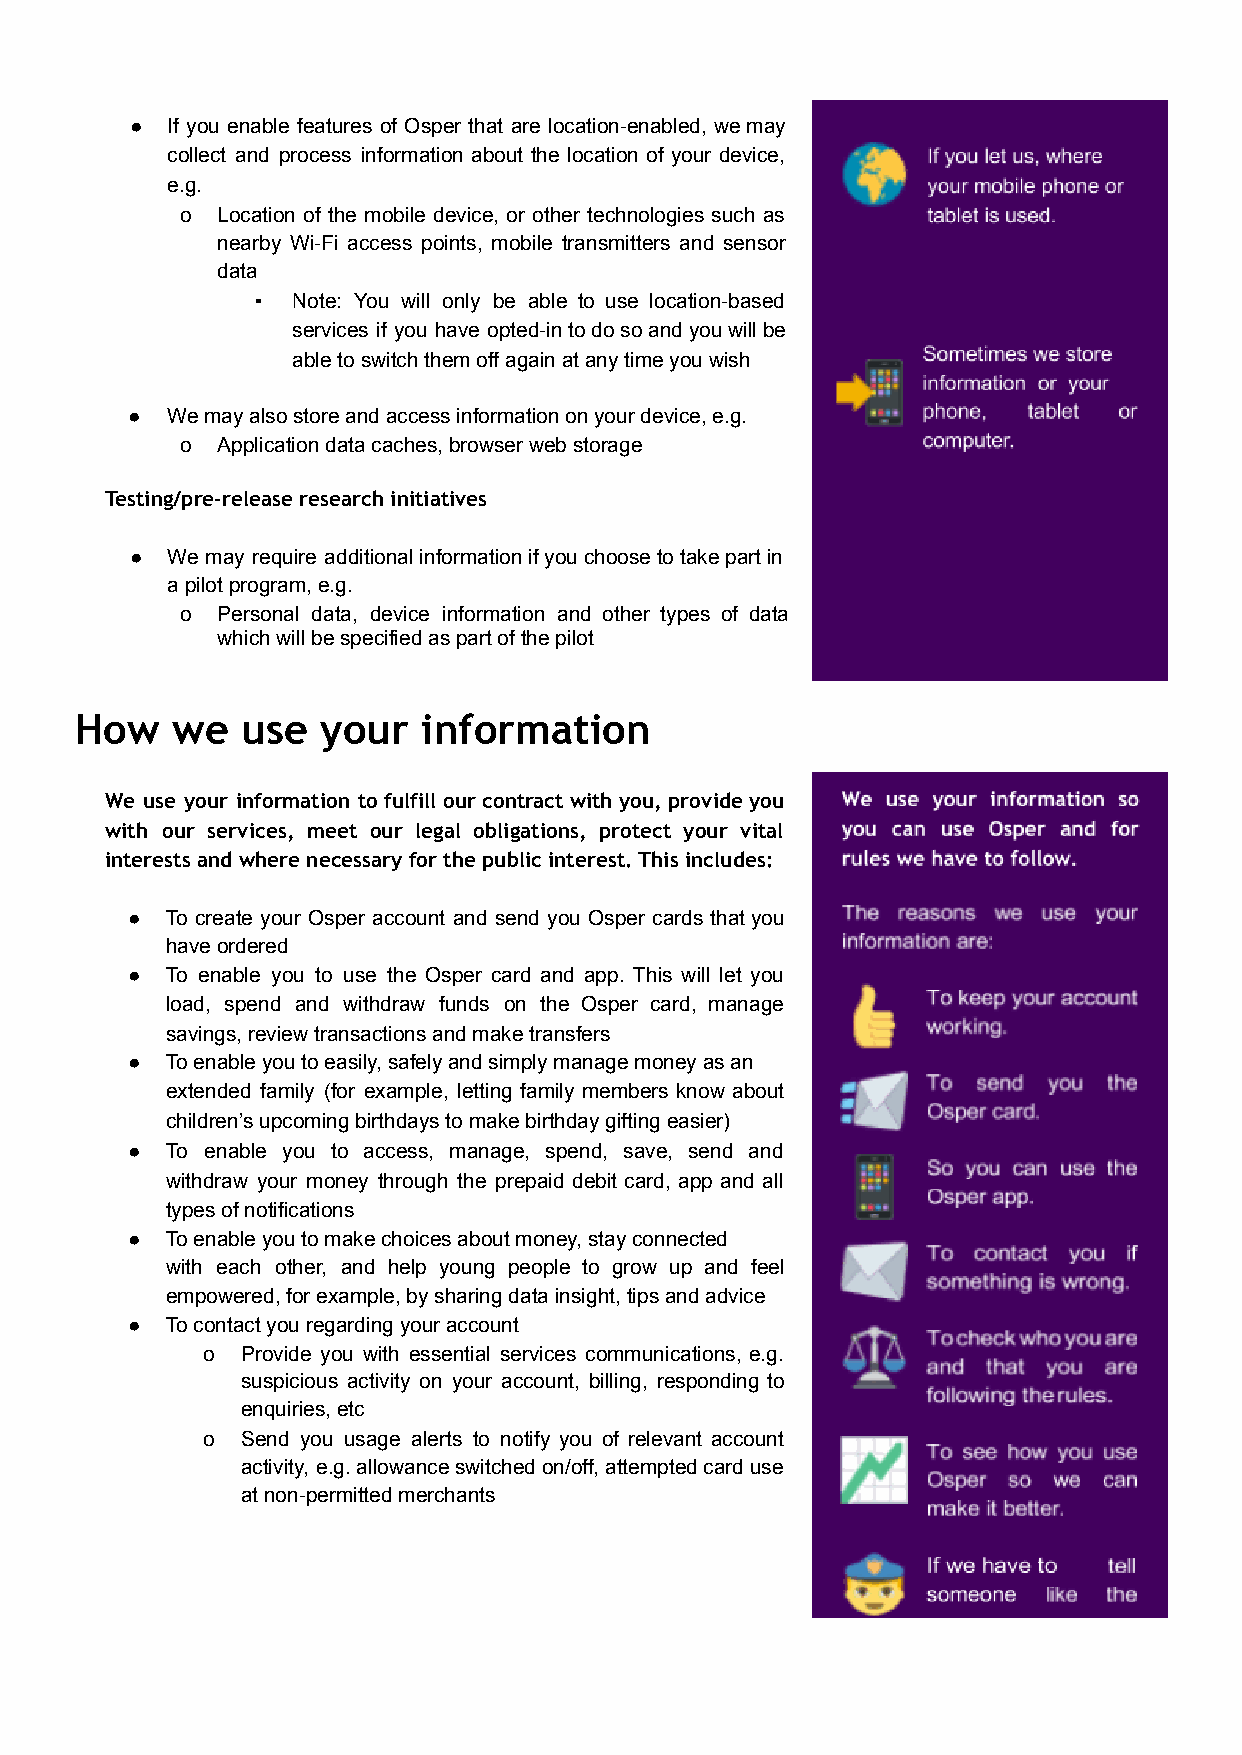
● If you enable features of Osper that are location-enabled, wemay
 collect and process information about the location of your device,
 e.g.
 o Location of the mobile device, or other technologies such as
 nearby Wi-Fi access points, mobile transmitters and sensor
 data
 ▪ Note: You will only be able to use location-based
 services if you have opted-intodosoandyouwillbe
 able to switch them off again at any time you wish
 ●  We may also store and access information on your device, e.g.
 o Application data caches, browser web storage
 Testing/pre-release research initiatives
 ● We may require additionalinformationifyouchoosetotakepartin
 a pilot program, e.g.
 o Personal data, device information and other types of data
 which will be specified as part of the pilot
 How   we   use  your   information
 We use your information to fulfill our contract with you, provide you
 with our services, meet our legal obligations, protect your vital
 interests and where necessary for the public interest. This includes:
 ●  To create your Osper account and send you Osper cards thatyou
 have ordered
 ●  To enable you to use the Osper card and app. This will let you
 load, spend and withdraw funds on the Osper card, manage
 savings, review transactions and make transfers
 ●  To enable you to easily, safely and simply manage money as an
 extended family (for example, letting family members know about
 children’s upcoming birthdays to make birthday gifting easier)
 ●  To enable you to access, manage, spend, save, send and
 withdraw your money through the prepaid debit card, app and all
 types of notifications
 ●  To enable you to make choices about money, stay connected
 with each other, and help young people to grow up and feel
 empowered, for example, by sharing data insight, tips and advice
 ●  To contact you regarding your account
 o  Provide you with essential services communications, e.g.
 suspicious activity on your account, billing, responding to
 enquiries, etc
 o  Send you usage alerts to notify you of relevant account
 activity, e.g.allowanceswitchedon/off,attemptedcarduse
 at non-permitted merchants